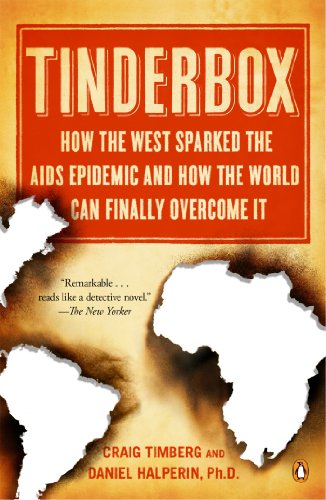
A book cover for Tinderbox: How the West Sparked the AIDS Epidemic and How the World Can Finally Overcome It; Craig Timberg; Health, Fitness & Dieting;